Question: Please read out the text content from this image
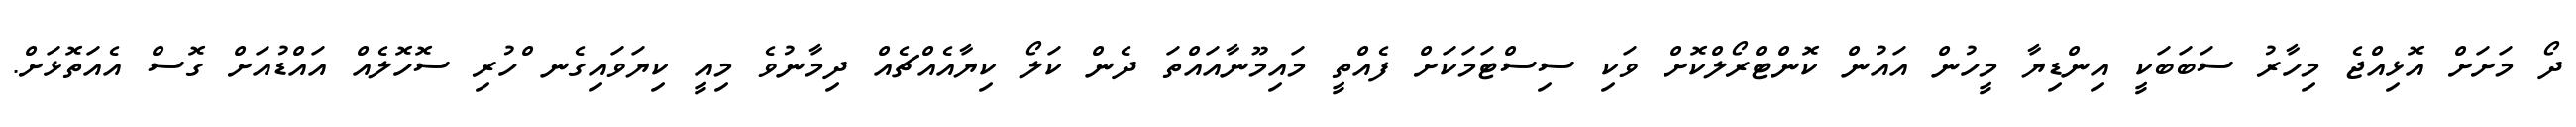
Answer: ދޯ މަށަށް އޮޅިއްޖެ މިހާރު ސަބަބަކީ އިންޑިޔާ މީހުން އައުން ކޮންޓްރޯލްކޮށް ވަކި ސިސްޓަމަކަށް ފެއްތީ މައިމޫނާއައްތަ ދެން ކަލޯ ކިޔާއެއްޗެއް ދިމާނުވެ މިއީ ކިޔަވައިގެނ ްހުރި ސޮހޮލެއް އައްޑުއަށް ގޮސް އެއަތޮޅަށް.